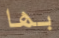
بها